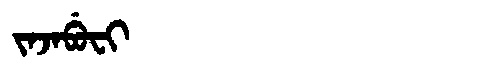
Manchu: ᠵᠠᠵᠠᠪᡠᠸᡳ
Romanization: JAJABUFI